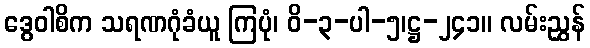
ဒွေဝါစိက သရဏဂုံခံယူ ကြပုံ၊ ဝိ-၃-ပါ-၅၊ဋ္ဌ-၂၄၁။ လမ်းညွှန်